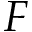
F